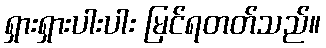
ရှားရှားပါးပါး မြင်ရတတ်သည်။